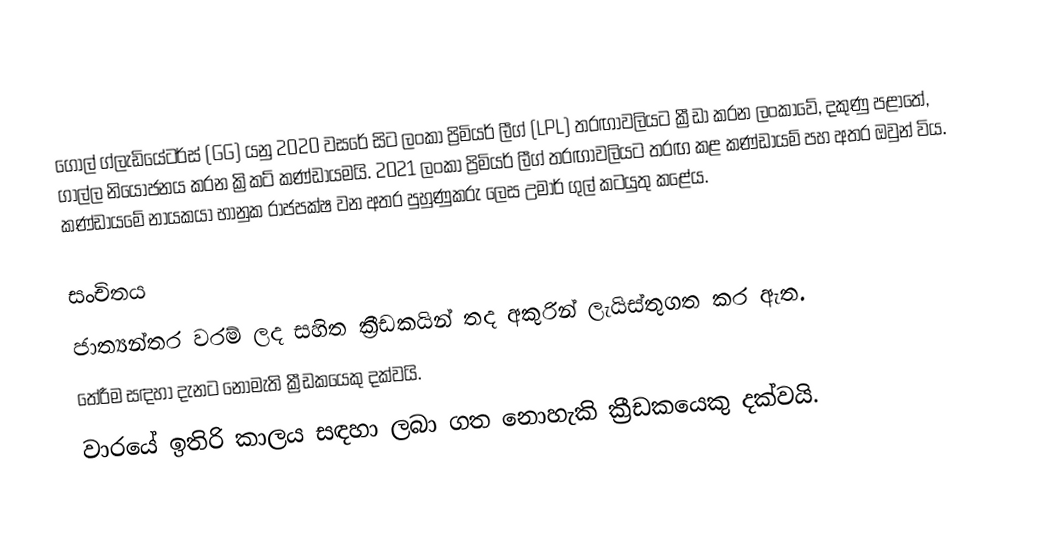
ගෝල් ග්ලැඩියේටර්ස් (GG) යනු 2020 වසරේ  සිට ලංකා ප්‍රිමියර් ලීග් (LPL) තරඟාවලියට ක්‍රීඩා කරන ලංකාවේ, දකුණු පළාතේ,  ගාල්ල නියෝජනය කරන ක්‍රිකට් කණ්ඩායමයි. 2021 ලංකා ප්‍රිමියර් ලීග්  තරඟාවලියට තරඟ කළ කණ්ඩායම් පහ අතර ඔවුන් විය.  කණ්ඩායමේ නායකයා භානුක රාජපක්ෂ වන අතර පුහුණුකරු ලෙස උමාර් ගුල් කටයුතු කළේය.

සංචිතය
 ජාත්‍යන්තර වරම් ලද සහිත ක්‍රීඩකයින් තද අකුරින් ලැයිස්තුගත කර ඇත.
 තේරීම සඳහා දැනට නොමැති ක්‍රීඩකයෙකු දක්වයි.
 වාරයේ ඉතිරි කාලය සඳහා ලබා ගත නොහැකි ක්‍රීඩකයෙකු දක්වයි.